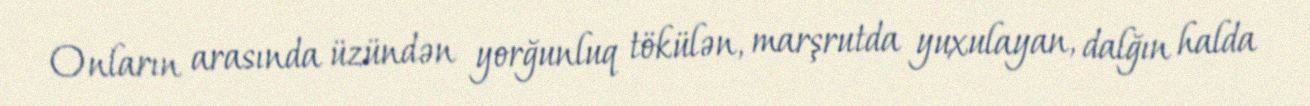
Onların arasında üzündən yorğunluq tökülən, marşrutda yuxulayan, dalğın halda